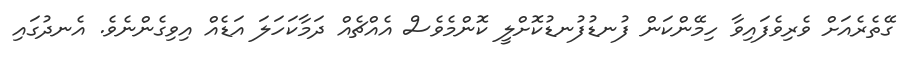
ގޭތެރެއަށް ވެރިވެފައިވާ ހިމޭންކަން ފުނޑުފުނޑުކޮށްލީ ކޮންމެވެސް އެއްޗެއް ދަމާކަހަލަ އަޑެއް އިވިގެންނެވެ. އެނދުގައި